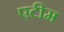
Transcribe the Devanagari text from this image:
एटीम